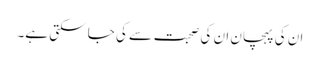
ان کی پہچان ان کی صحبت سے کی جا سکتی ہے۔